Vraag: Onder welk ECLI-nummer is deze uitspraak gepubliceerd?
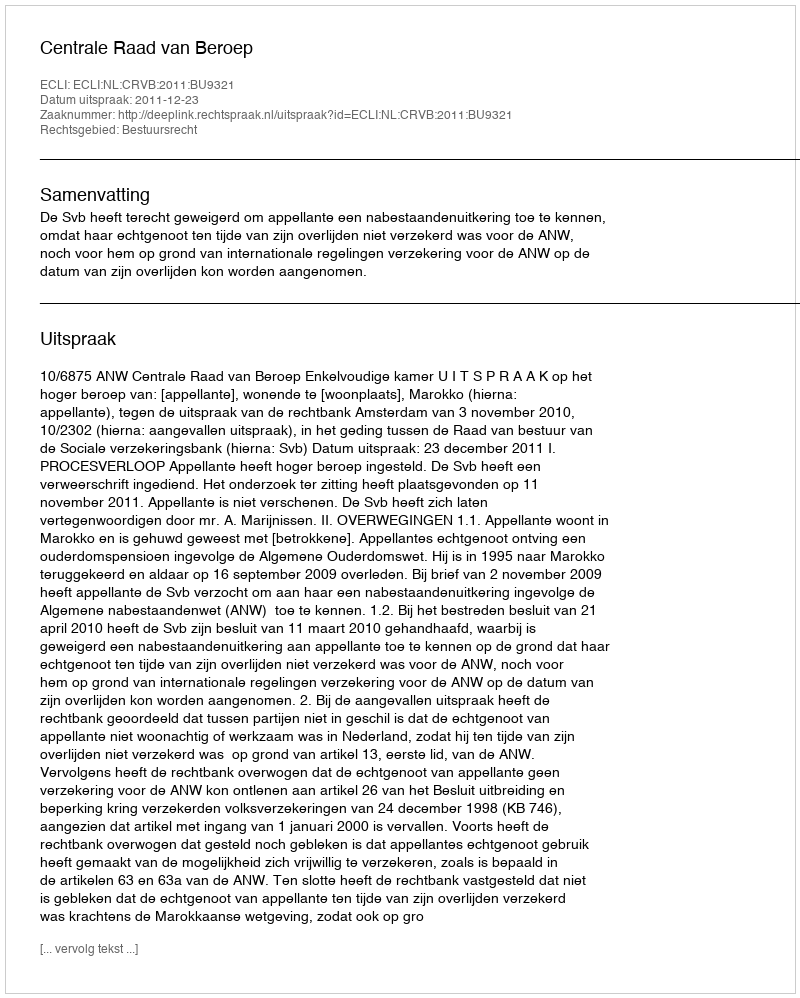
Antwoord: ECLI:NL:CRVB:2011:BU9321